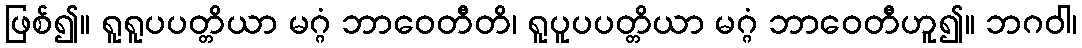
ဖြစ်၍။ ရူရူပပတ္တိယာ မဂ္ဂံ ဘာဝေတီတိ၊ ရူပူပပတ္တိယာ မဂ္ဂံ ဘာဝေတီဟူ၍။ ဘဂဝါ၊